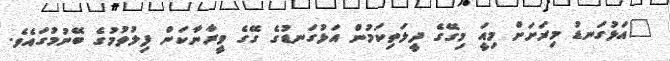
"އަޅުގަނޑު މިރަށަށް މިއަީ މިގޭގެ ދީލަތިކަމުން އަޅުގަނޑުގެ ގޭގެ ވީރާނާކަން ފިލުވުމުގެ ބޭނުމުގައެވެ.